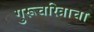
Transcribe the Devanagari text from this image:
गुरूचरित्राचा